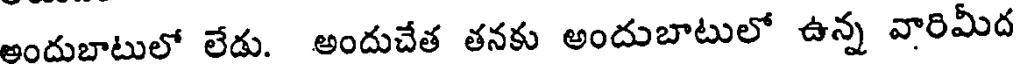
అందుబాటులో లేడు. అందుచేత తనకు అందుబాటులో ఉన్న వారిమీద